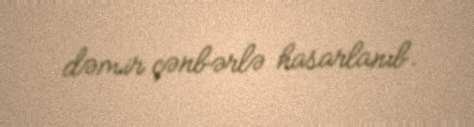
dəmir çənbərlə hasarlanıb.